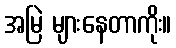
အမြဲ များနေတာကိုး။